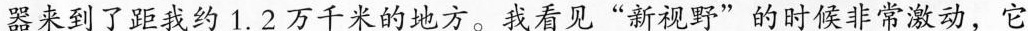
器来到了距我约 1.2万千米的地方。我看见“新视野”的时候非常激动，它